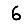
Digit: 6